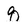
Character: q